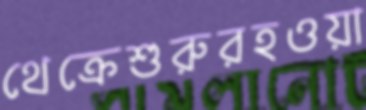
থেক্রেশুরুরহওয়া